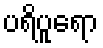
ပရိပူရော